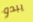
يبدو